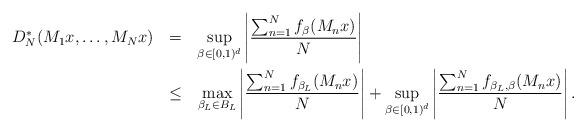
LaTeX: \begin{align*} \begin{aligned}D^*_N(M_1x,\ldots,M_Nx) \:\:\: & = \:\:\: \sup_{\beta\in [0,1)^d}\left|\frac{\sum_{n=1}^Nf_{\beta}(M_nx)}{N}\right|\\ & \leq \:\:\: \max_{{\beta}_L\in B_L}\left|\frac{\sum_{n=1}^Nf_{\beta_L}(M_nx)}{N}\right|+\sup_{\beta\in [0,1)^d}\left|\frac{\sum_{n=1}^Nf_{\beta_L,\beta}(M_nx)}{N}\right|.\end{aligned}\end{align*}